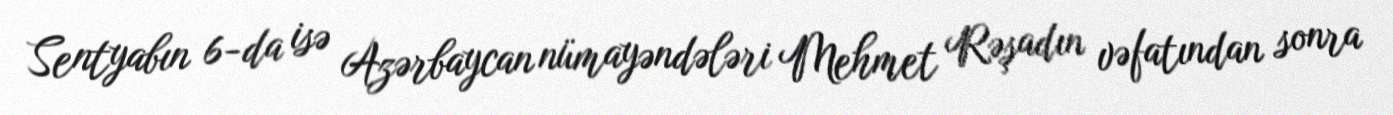
Sentyabın 6-da isə Azərbaycan nümayəndələri Mehmet Rəşadın vəfatından sonra